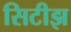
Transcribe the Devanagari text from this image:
सिटीझ